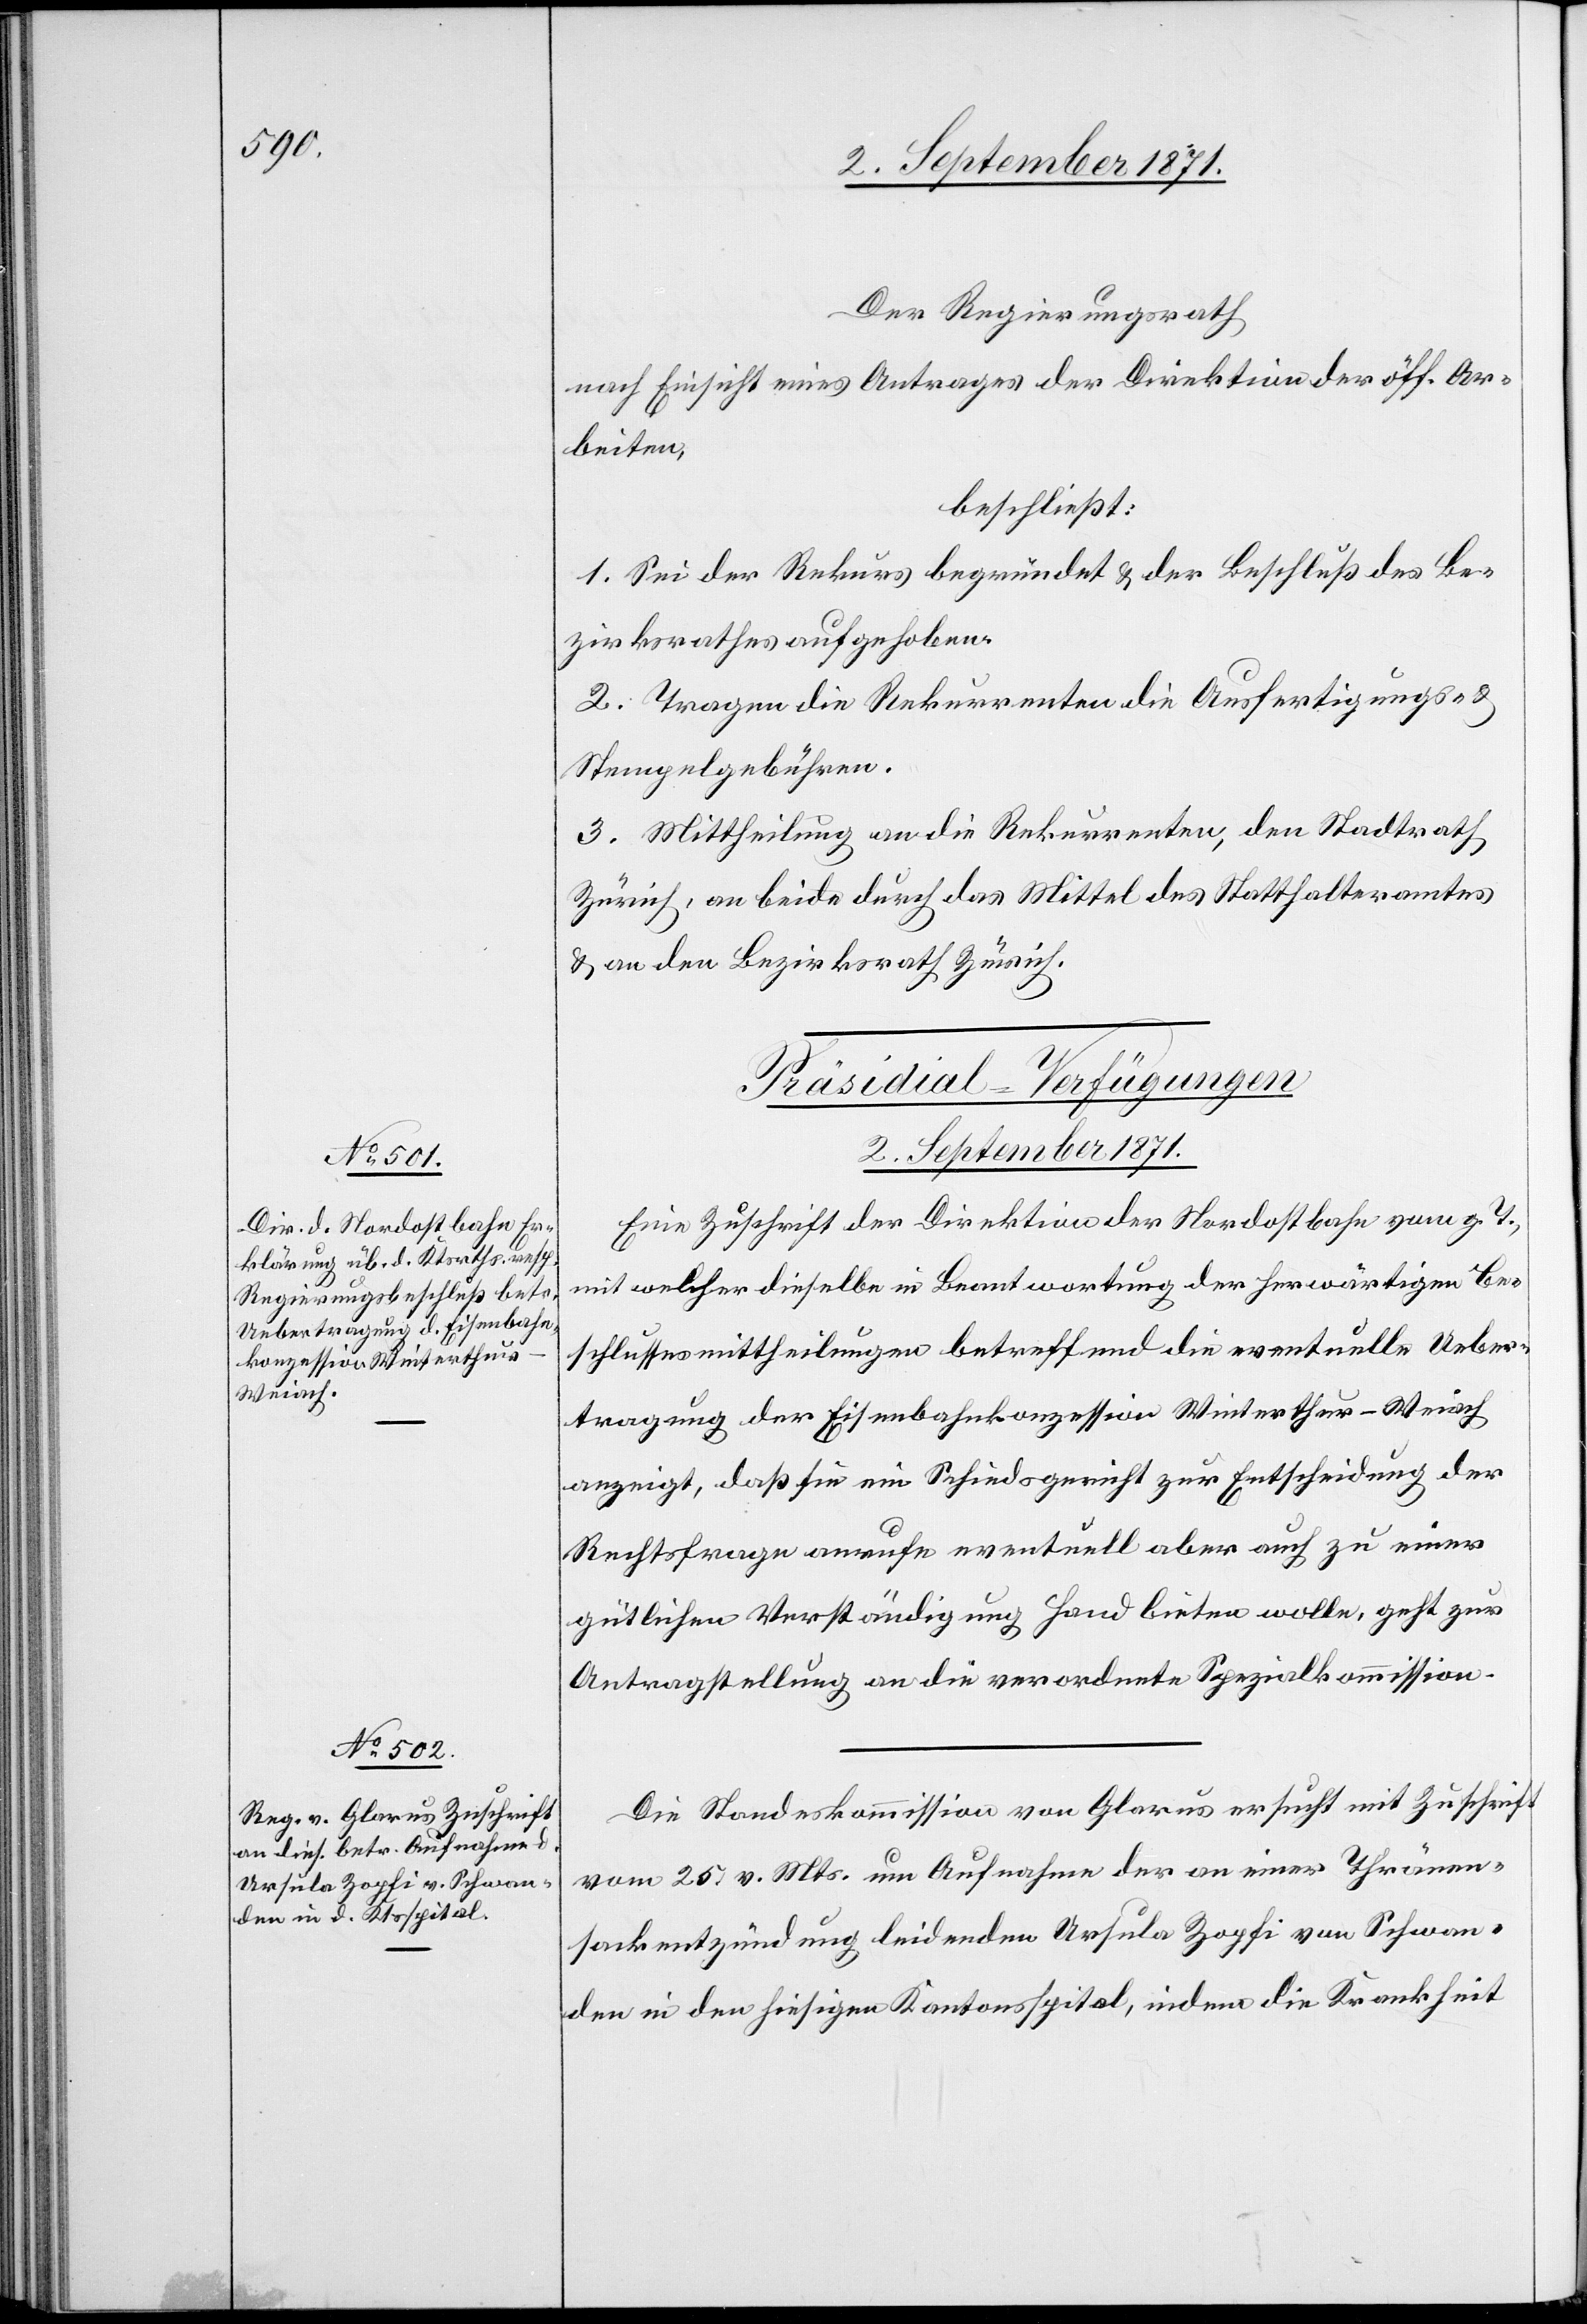
2. September 1871.]
Der Regierungsrath
nach Einsicht eines Antrages der Direktion der öff. Ar¬
beiten,
beschließt:
1. Sei der Rekurs begründet & der Beschluß des Be¬
zirksrathes aufgehoben.
2. Tragen die Rekurrenten die Ausfertigungs- &
Stempelgebühren.
3. Mittheilung an die Rekurrenten, den Stadtrath
Zürich, an beide durch das Mittel des Statthalteramtes
& an den Bezirksrath Zürich.
[Präsidial-Verfügungen.
Eine Zuschrift der Direktion der Nordostbahn vom g. T.,
mit welcher dieselbe in Beantwortung der herwärtigen Be¬
schlussmittheilungen betreffend die eventuelle Ueber¬
tragung der Eisenbahnkonzession Winterthur–Weiach
anzeigt, daß sie ein Schiedsgericht zur Entscheidung der
Rechtsfrage anrufe eventuell aber auch zu einer
gütlichen Verständigung Hand bieten wolle, geht zur
Antragstellung an die verordnete Spezialkommission.
Die Standeskommission von Glarus ersucht mit Zuschrift
vom 25. v. Mts. um Aufnahme der an einer Thränen¬
sackentzündung leidenden Ursula Zopfi von Schwan¬
den in den hiesigen Kantonsspital, indem die Krankheit